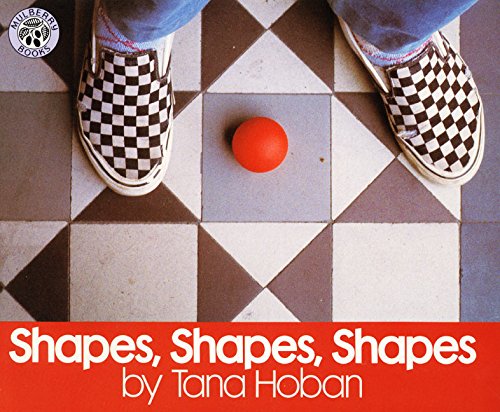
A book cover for Shapes, Shapes, Shapes; Tana Hoban; Children's Books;